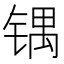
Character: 𰾙